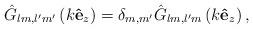
LaTeX: \begin{align*}\hat{G}_{lm,l^{\prime}m^{\prime}}\left( k\mathbf{\hat{e}}_{z}\right)=\delta_{m,m^{\prime}}\hat{G}_{lm,l^{\prime}m}\left( k\mathbf{\hat{e}}_{z}\right) ,\end{align*}